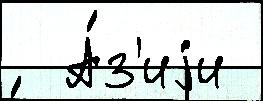
  А́з'иjи